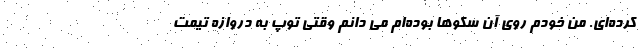
کرده‌ای. من خودم روی آن سکوها بوده‌ام می دانم وقتی توپ به دروازه تیمت